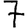
Digit: 7